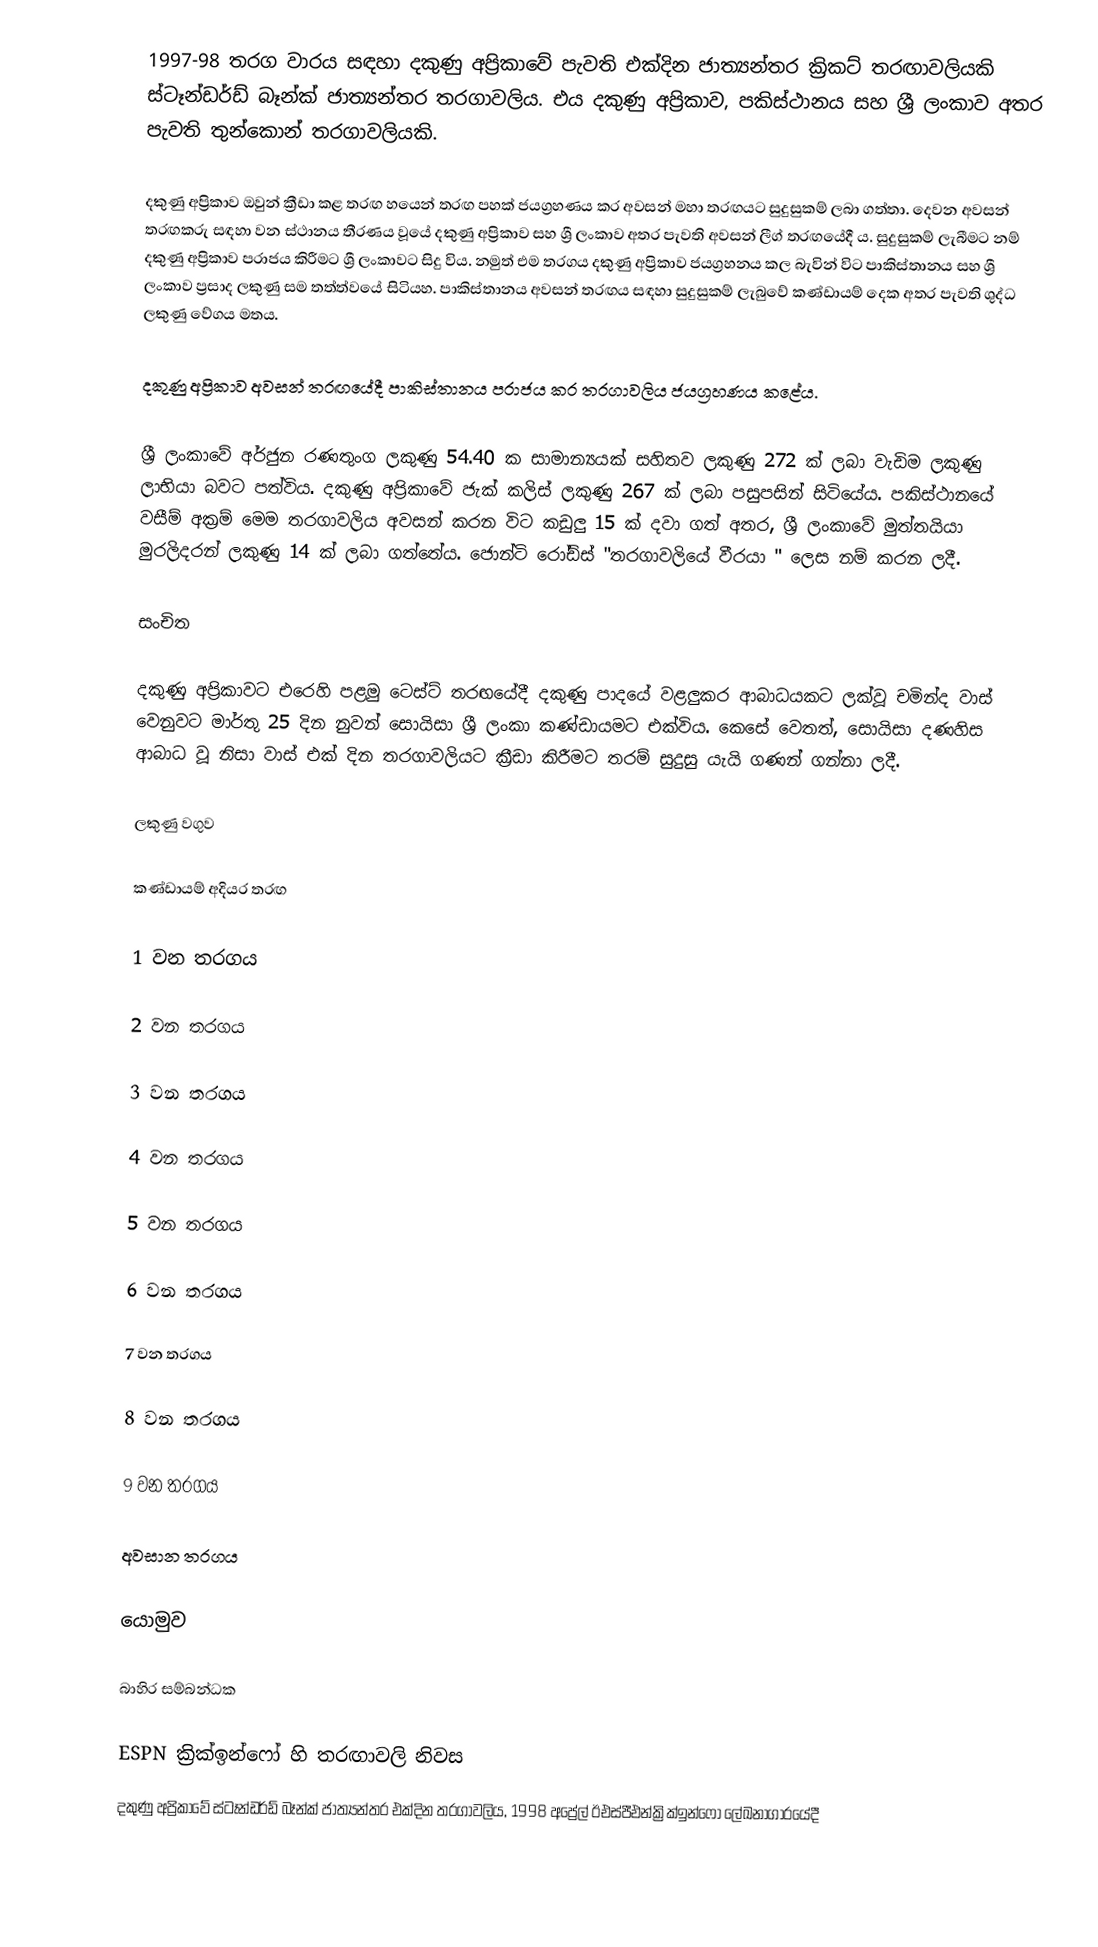
1997-98 තරග වාරය සඳහා දකුණු අප්‍රිකාවේ පැවති එක්දින ජාත්‍යන්තර ක්‍රිකට් තරඟාවලියකි ස්ටෑන්ඩර්ඩ් බෑන්ක් ජාත්‍යන්තර තරගාවලිය. එය දකුණු අප්‍රිකාව, පකිස්ථානය සහ ශ්‍රී ලංකාව අතර පැවති තුන්කොන් තරගාවලියකි.

දකුණු අප්‍රිකාව ඔවුන් ක්‍රීඩා කළ තරඟ හයෙන් තරඟ පහක් ජයග්‍රහණය කර අවසන් මහා තරඟයට සුදුසුකම් ලබා ගත්තා. දෙවන අවසන් තරඟකරු සඳහා වන ස්ථානය තීරණය වූයේ දකුණු අප්‍රිකාව සහ ශ්‍රී ලංකාව අතර පැවති අවසන් ලීග් තරඟයේදී ය. සුදුසුකම් ලැබීමට නම් දකුණු අප්‍රිකාව පරාජය කිරීමට ශ්‍රී ලංකාවට සිදු විය. නමුත් එම තරගය දකුණු අප්‍රිකාව ජයග්‍රහනය කල බැවින් විට පාකිස්තානය සහ ශ්‍රී ලංකාව ප්‍රසාද ලකුණු සම තත්ත්වයේ සිටියහ. පාකිස්තානය අවසන් තරඟය සඳහා සුදුසුකම් ලැබුවේ කණ්ඩායම් දෙක අතර පැවති ශුද්ධ ලකුණු වේගය මතය.

දකුණු අප්‍රිකාව අවසන් තරඟයේදී පාකිස්තානය පරාජය කර තරගාවලිය ජයග්‍රහණය කළේය.

ශ්‍රී ලංකාවේ අර්ජුන රණතුංග ලකුණු 54.40 ක සාමාන්‍යයක් සහිතව ලකුණු 272 ක් ලබා වැඩිම ලකුණු ලාභියා බවට පත්විය. දකුණු අප්‍රිකාවේ ජැක් කලිස් ලකුණු 267 ක් ලබා පසුපසින් සිටියේය.  පකිස්ථානයේ වසීම් අක්‍රම් මෙම තරගාවලිය අවසන් කරන විට කඩුලු 15 ක් දවා ගත් අතර, ශ්‍රී ලංකාවේ මුත්තයියා මුරලිදරන් ලකුණු 14 ක් ලබා ගත්තේය. ජොන්ටි රෝඩ්ස් "තරගාවලියේ වීරයා " ලෙස නම් කරන ලදී.

සංචිත

දකුණු අප්‍රිකාවට එරෙහි පළමු ටෙස්ට් තරඟයේදී දකුණු පාදයේ වළලුකර ආබාධයකට ලක්වූ චමින්ද වාස් වෙනුවට මාර්තු 25 දින නුවන් සොයිසා ශ්‍රී ලංකා කණ්ඩායමට එක්විය. කෙසේ වෙතත්, සොයිසා දණහිස ආබාධ වූ නිසා වාස් එක් දින තරගාවලියට ක්‍රීඩා කිරීමට තරම් සුදුසු යැයි ගණන් ගන්නා ලදී.

ලකුණු වගුව

කණ්ඩායම් අදියර තරඟ

1 වන තරගය

2 වන තරගය

3 වන තරගය

4 වන තරගය

5 වන තරගය

6 වන තරගය

7 වන තරගය

8 වන තරගය

9 වන තරගය

අවසාන තරගය

යොමුව

බාහිර සම්බන්ධක

 ESPN ක්‍රික්ඉන්ෆෝ හි තරඟාවලි නිවස
 දකුණු අප්‍රිකාවේ ස්ටෑන්ඩර්ඩ් බෑන්ක් ජාත්‍යන්තර එක්දින තරගාවලිය, 1998 අප්‍රේල් ඊඑස්පීඑන්ක්‍රික්ඉන්ෆෝ ලේඛනාගාරයේදී